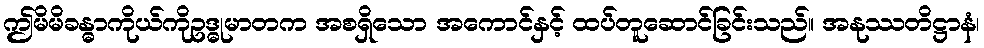
ဤမိမိခန္ဓာကိုယ်ကိုဥဒ္ဓုမာတက အစရှိသော အကောင်နှင့် ထပ်တူဆောင်ခြင်းသည်။ အနုဿတိဋ္ဌာနံ၊